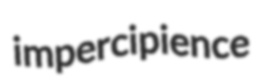
impercipience